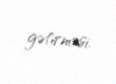
gətirməsi.